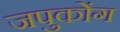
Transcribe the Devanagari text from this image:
जपुकोंग